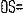
OS=